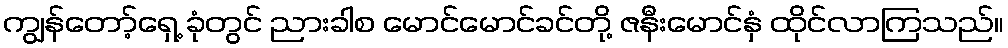
ကျွန်တော့်ရှေ့ ခုံတွင် ညားခါစ မောင်မောင်ခင်တို့ ဇနီးမောင်နှံ ထိုင်လာကြသည်။